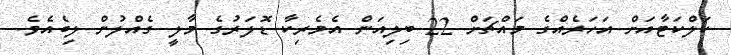
ކަލްކަޓާއަށް އަހަރެއްގެ މައްޗަށް 22 ބިލިއަން އެމެރިކާ ޑޮލަރުގެ މާލީ ގެއްލުން ލިބެއެވެ.